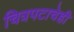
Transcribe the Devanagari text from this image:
चित्रपटाचेही